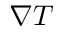
\nabla T